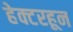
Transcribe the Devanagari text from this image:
हेक्टरहून